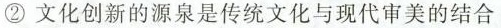
②文化创新的源泉是传统文化与现代审美的结合